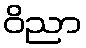
ဝိညာ